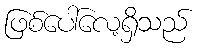
ဖြစ်ပေါ်လေ့ရှိသည်